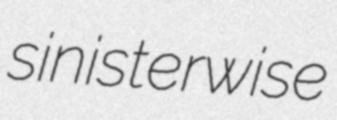
sinisterwise